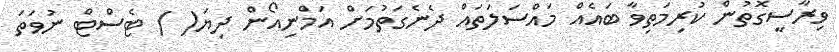
ވިރާސީގޮތުން ކުރިމަތިވާ ބައެއް މައްސަލަތައް ދެނެގަތުމަށް އަމްނިއޯން ދިޔަ( ) ޓެސްޓް ނުވަތަ